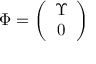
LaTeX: \Phi = \left( \begin{array} { c } { { \Upsilon } } \\ { { 0 } } \end{array} \right)